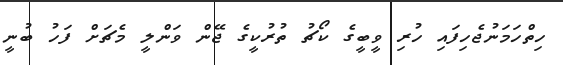
ހިތްހަމަނުޖެހިފައި ހުރި ވީބީގެ ކޯޗު ތުރުކީގެ ޖޭން ވަންލީ މެޗަށް ފަހު ބުނީ